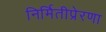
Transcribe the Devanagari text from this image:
निर्मितीप्रेरणा